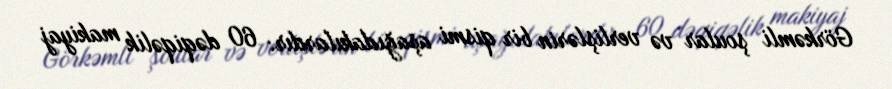
Görkəmli şoular və verlişlərin bir qismi aşağıdakılardır: 60 dəqiqəlik makiyaj